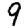
Digit: 9